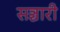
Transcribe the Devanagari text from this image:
सञ्चारी